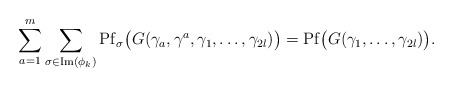
\begin{align*}\sum_{a=1}^{m}\sum_{\sigma\in \mathrm{Im}(\phi_k)}\mathrm{Pf}_{\sigma}\big(G(\gamma_a,\gamma^a,\gamma_1,\dots,\gamma_{2l})\big)= \mathrm{Pf}\big(G(\gamma_1,\dots,\gamma_{2l})\big).\end{align*}